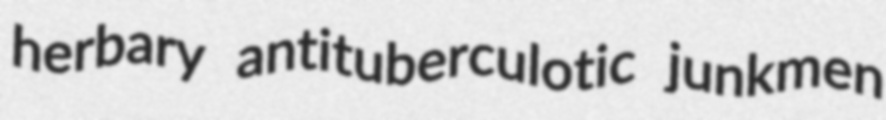
herbary antituberculotic junkmen